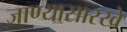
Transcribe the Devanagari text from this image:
जाण्यासारखे